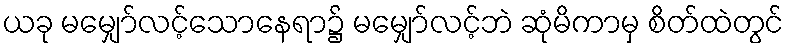
ယခု မမျှော်လင့်သောနေရာ၌ မမျှော်လင့်ဘဲ ဆုံမိကာမှ စိတ်ထဲတွင်